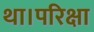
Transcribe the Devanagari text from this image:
था।परिक्षा